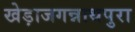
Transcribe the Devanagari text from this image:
खेड़ाजगन्नाथपुरा